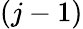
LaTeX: (j-1)